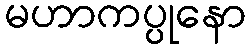
မဟာကပ္ပုနော